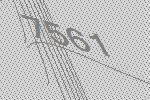
7561